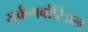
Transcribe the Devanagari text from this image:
सर्कमबोरिअल